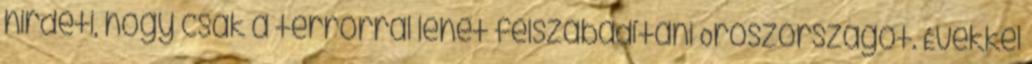
hirdeti, hogy csak a terrorral lehet felszabadítani Oroszországot. Évekkel